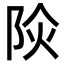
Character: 𨹈